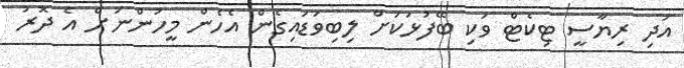
އަދި ރިޔާސީ ޓިކެޓް ވަކި ބޭފުޅަކަށް ލިބިވަޑައިގެން އެހެން މީހުންނަށް އެ ދޮރު